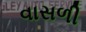
વાસળી